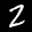
Label: 2